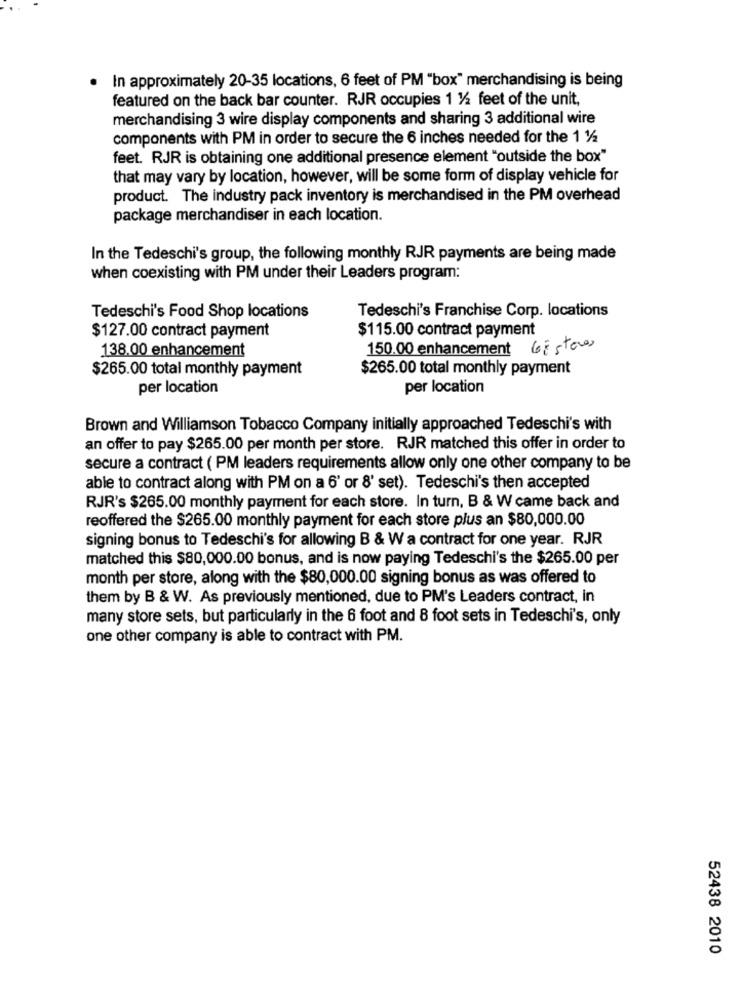
· In approximately 20-35 locations, 6 feet of PM "box" merchandising is being
featured on the back bar counter. RJR occupies 1 1/2 feet of the unit,
merchandising 3 wire display components and sharing 3 additional wire
components with PM in order to secure the 6 inches needed for the 1 1/2
feet. RJR is obtaining one additional presence element "outside the box"
that may vary by location, however, will be some form of display vehicle for
product. The industry pack inventory is merchandised in the PM overhead
package merchandiser in each location.
In the Tedeschi's group, the following monthly RJR payments are being made
when coexisting with PM under their Leaders program:
Tedeschi's Food Shop locations
Tedeschi's Franchise Corp. locations
$115.00 contract payment
$127.00 contract payment
138.00 enhancement
150.00 enhancement Gestores
$265.00 total monthly payment
$265.00 total monthly payment
per location
per location
Brown and Williamson Tobacco Company initially approached Tedeschi's with
an offer to pay $265.00 per month per store. RJR matched this offer in order to
secure a contract ( PM leaders requirements allow only one other company to be
able to contract along with PM on a 6' or 8' set). Tedeschi's then accepted
RJR's $265.00 monthly payment for each store. In turn, B & W came back and
reoffered the $265.00 monthly payment for each store plus an $80,000.00
signing bonus to Tedeschi's for allowing B & W a contract for one year. RJR
matched this $80,000.00 bonus, and is now paying Tedeschi's the $265.00 per
month per store, along with the $80,000.00 signing bonus as was offered to
them by B & W. As previously mentioned, due to PM's Leaders contract, in
many store sets, but particularly in the 6 foot and 8 foot sets in Tedeschi's, only
one other company is able to contract with PM.
52438 2010